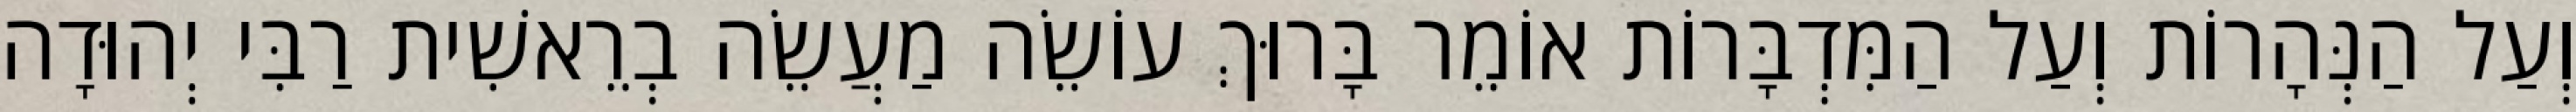
וְעַל הַנְּהָרוֹת וְעַל הַמִּדְבָּרוֹת אוֹמֵר בָּרוּךְ עוֹשֵׂה מַעֲשֵׂה בְרֵאשִׁית רַבִּי יְהוּדָה